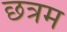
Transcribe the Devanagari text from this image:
छत्रम